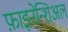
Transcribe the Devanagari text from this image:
फ़ाइनेन्शिअल